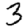
Digit: 3